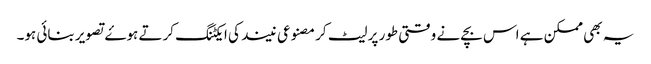
یہ بھی ممکن ہے اس بچے نے وقتی طور پر لیٹ کر مصنوعی نیند کی ایکٹنگ کرتے ہوۓ تصویر بنائی ہو۔